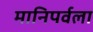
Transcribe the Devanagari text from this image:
मानिपर्वला